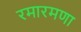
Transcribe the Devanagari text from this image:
रमारमणा